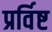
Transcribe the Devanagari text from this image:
प्रर्विष्ट